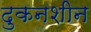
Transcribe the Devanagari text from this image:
दुकनशीन